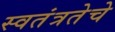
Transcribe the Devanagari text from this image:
स्वतंत्रतेचे